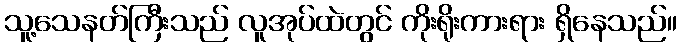
သူ့သေနတ်ကြီးသည် လူအုပ်ထဲတွင် ကိုးရိုးကားရား ရှိနေသည်။